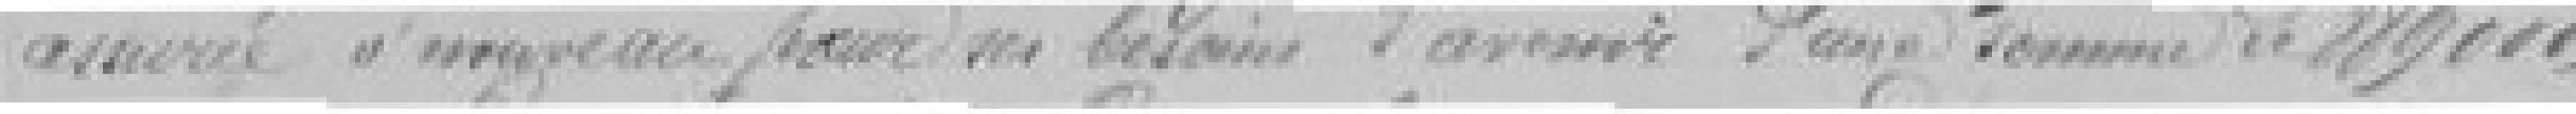
assurée à nouveau pour ses besoins d'avenir d'une somme de 889.000